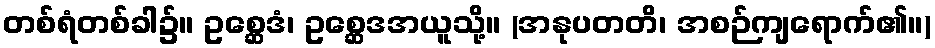
တစ်ရံတစ်ခါ၌။ ဥစ္ဆေဒံ၊ ဥစ္ဆေဒအယူသို့။ (အနုပတတိ၊ အစဉ်ကျရောက်၏။)